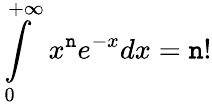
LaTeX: \int\limits_{0}^{+\infty}x^{\mathtt{n}}e^{-x}dx=\mathtt{n}!